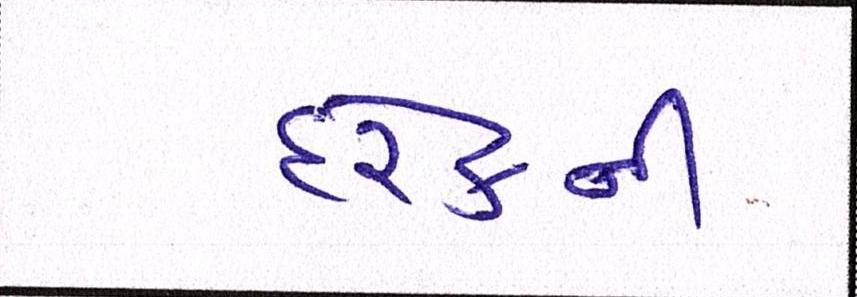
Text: દરેકની